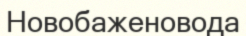
Новобаженовода